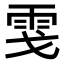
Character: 𩂅